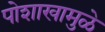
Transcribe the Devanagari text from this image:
पोशाखामुळे